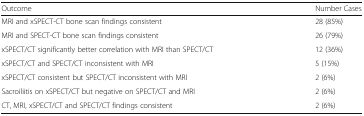
<table><thead><tr><td><b>Outcome</b></td><td><b>Number Cases</b></td></tr></thead><tbody><tr><td>MRI and xSPECT-CT bone scan findings consistent</td><td>28 (85%)</td></tr><tr><td>MRI and SPECT-CT bone scan findings consistent</td><td>26 (79%)</td></tr><tr><td>xSPECT/CT significantly better correlation with MRI than SPECT/CT</td><td>12 (36%)</td></tr><tr><td>xSPECT/CT and SPECT/CT inconsistent with MRI</td><td>5 (15%)</td></tr><tr><td>xSPECT/CT consistent but SPECT/CT inconsistent with MRI</td><td>2 (6%)</td></tr><tr><td>Sacroiliitis on xSPECT/CT but negative on SPECT/CT and MRI</td><td>2 (6%)</td></tr><tr><td>CT, MRI, xSPECT/CT and SPECT/CT findings consistent</td><td>2 (6%)</td></tr></tbody></table>